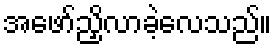
အဖော်ညှိလာခဲ့လေသည်။